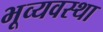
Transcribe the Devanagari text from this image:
भूव्यवस्था